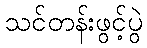
သင်တန်းဖွင့်ပွဲ